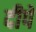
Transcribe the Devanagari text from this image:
दीपें